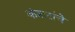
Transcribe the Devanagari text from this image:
कंत्राटांचे